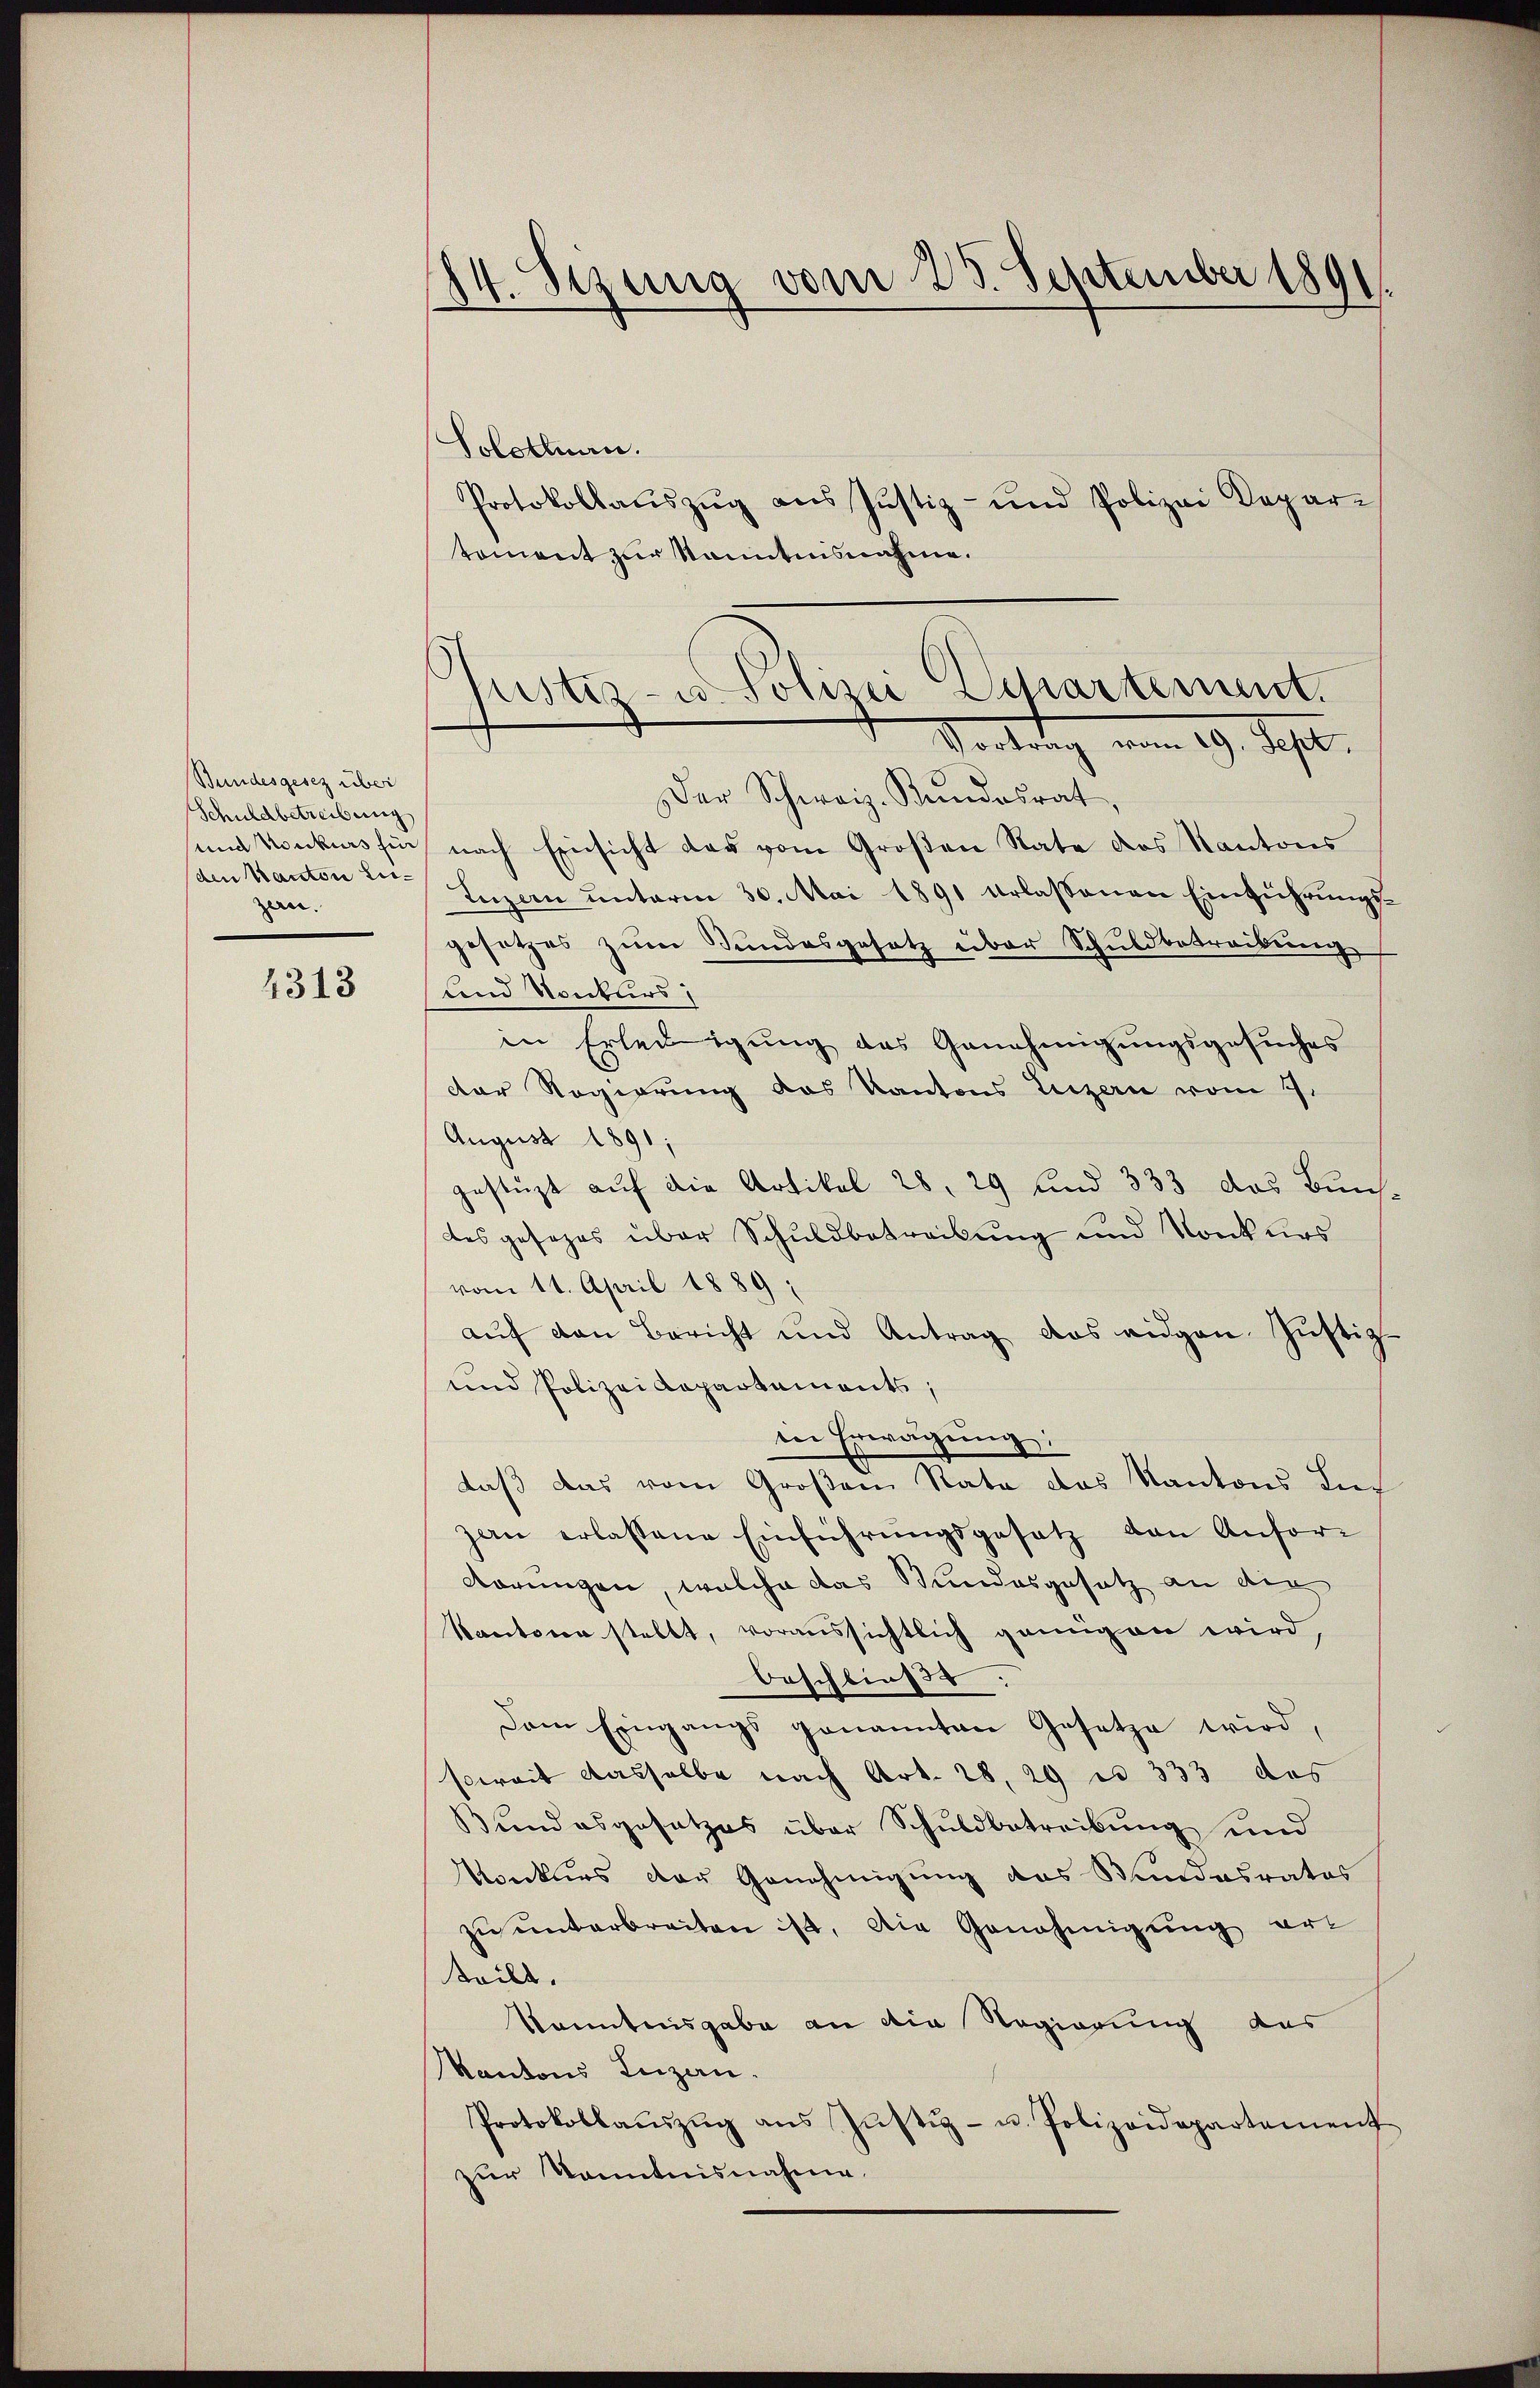
Bundesgesez über
Schuldbetreibung
und Konkurs fin
den Kanton Liezern.

4313

14. Sizung vom 28. September 1891.

Justiz- u. Polizei Departement.
Vortrag vom 19. Sept.
Der Schweiz. Kundesrat,

Solothurn.
Protokollaŭszŭg ans Justiz- und Polizei Depar-
toment zur kanntensnahme.
nach Einsicht das vom Großen Rate des Kantons
Luzern ŭnterm 30. Mai 1891 erlassenen Einführŭngs-
gesetzes zŭm Sŭndesgesetz über Schuldbetreibŭng
.
dem Konturs
in Erledigung des Genehmigungsgesuches
der Regierung das Kantons Luzern vom 7.
August 1891;
gestüzt auf die Artikel 28, 29 und 333 das Burch
des gesezes über Schuldbetreibung und Konkurs
vom 11. April 1889;
aŭf den Bericht und Antrag das eidgen. Jŭstiz-
und Polizei Rapartements,
en Erwägung:
daß das vom Großen Rate das Kantons Lieg
zan erlassene Einführŭngsgesetz von Anfor-
dörungen, welche das Stundesgesetz an die
Kantona stellt, voraussichtlich genügen wird,
Beschliefe.
Dem Eingangs genannten Gesetze wird,
soweit dasselbe nach Art. 28, 29 n 333 das
Bundesgesetzes über Schuldbetreibung und
Konkurs der Genehmigung des Stundesrates
zŭ ŭnterbreiten ist. Die Genehmigung ert
teilt.
konntensgabe an die Regierung des
Kantons Luzen.
Protokollaŭszŭg ans Jŭstiz- u. Polizeidepartement
zur Kenntnisnahme.